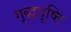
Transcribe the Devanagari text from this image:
गृद्धदृष्टि